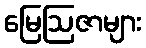
မြေဩဇာများ